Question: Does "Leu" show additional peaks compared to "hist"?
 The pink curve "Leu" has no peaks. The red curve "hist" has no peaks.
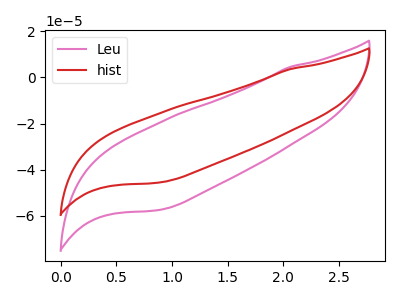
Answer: <think>Neither "Leu" or "hist" have any peaks.
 </think>
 <answer>No, "Leu" and "hist" don't appear to be significantly different in shape</answer>
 <eval>no_change</eval>